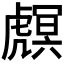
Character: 𧇻